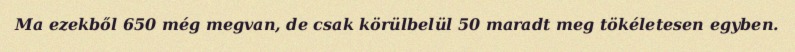
Ma ezekből 650 még megvan, de csak körülbelül 50 maradt meg tökéletesen egyben.